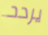
يردد